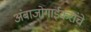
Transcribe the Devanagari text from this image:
अंबाजोगाईकरांचे